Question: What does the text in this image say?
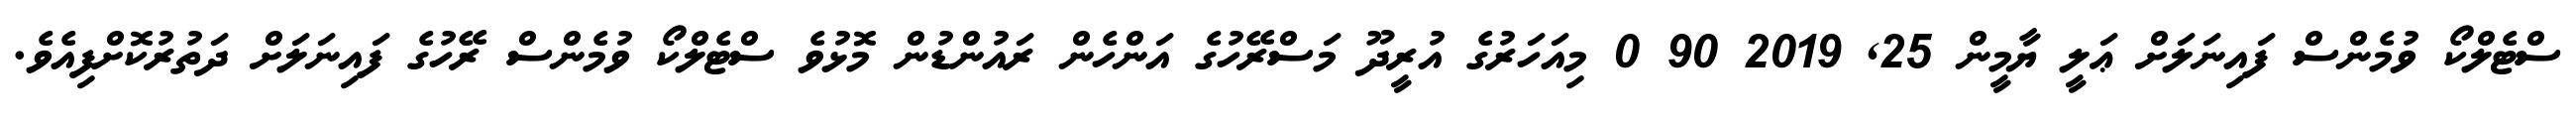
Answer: ސްޓެލްކޯ ވުމެންސް ފައިނަލަށް ޢަލީ ޔާމީން 25, 2019 90 0 މިއަހަރުގެ އުރީދޫ މަސްރޭހުގެ އަންހެން ރައުންޑުން މޮޅުވެ ސްޓެލްކޯ ވުމެންސް ރޭހުގެ ފައިނަލަށް ދަތުރުކޮށްފިއެވެ.